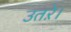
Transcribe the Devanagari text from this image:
उतऱे।